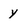
Character: y